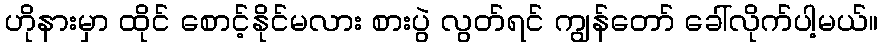
ဟိုနားမှာ ထိုင် စောင့်နိုင်မလား စားပွဲ လွတ်ရင် ကျွန်တော် ခေါ်လိုက်ပါ့မယ်။